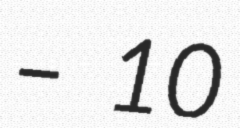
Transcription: – 10